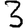
Digit: 3